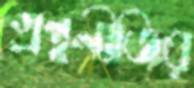
গ্রন্থনীতির